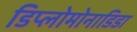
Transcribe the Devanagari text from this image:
डिप्लोमोनाडिडा